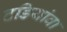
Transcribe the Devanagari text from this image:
टडियांवा